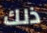
ذلك